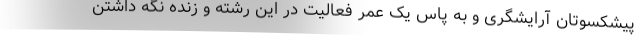
پیشکسوتان آرایشگری و به پاس یک عمر فعالیت در این رشته و زنده نگه داشتن